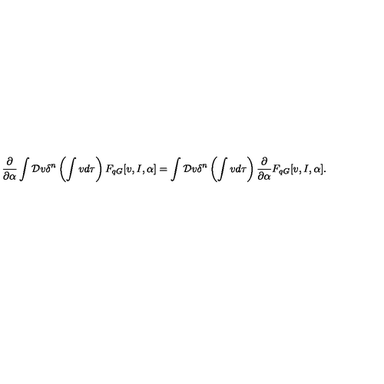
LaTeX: \frac { \partial } { \partial \alpha } \int { \cal D } v \delta ^ { n } \left( \int v d \tau \right) F _ { q G } [ v , I , \alpha ] = \int { \cal D } v \delta ^ { n } \left( \int v d \tau \right) \frac { \partial } { \partial \alpha } F _ { q G } [ v , I , \alpha ] .